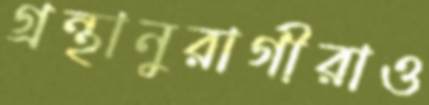
গ্রন্থানুরাগীরাও